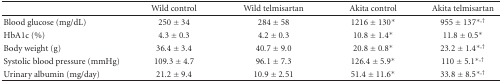
|  | Wild control | Wild telmisartan | Akita control | Akita telmisartan |
 | --- | --- | --- | --- | --- |
 | Blood glucose (mg/dL) | 250 ± 34 | 284 ± 58 | 1216 ± 130* | 955 ± 137∗,† |
 | HbA1c (%) | 4.3 ± 0.3 | 4.2 ± 0.3 | 10.8 ± 1.4* | 11.8 ± 0.5* |
 | Body weight (g) | 36.4 ± 3.4 | 40.7 ± 9.0 | 20.8 ± 0.8* | 23.2 ± 1.4∗,† |
 | Systolic blood pressure (mmHg) | 109.3 ± 4.7 | 96.1 ± 7.3 | 126.4 ± 5.9* | 110 ± 5.1∗,† |
 | Urinary albumin (mg/day) | 21.2 ± 9.4 | 10.9 ± 2.51 | 51.4 ± 11.6* | 33.8 ± 8.5∗,† |